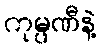
ကုမ္ပဏီနဲ့